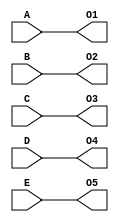
module sort5(A, B, C, D, E, O1, O2, O3, O4, O5);
    input   wire    [3:0] A, B, C, D, E;
    output  reg     [3:0] O1, O2, O3, O4, O5;

    task sort2;
        inout   [3:0] a, b;
        reg [3:0] temp;
        begin
            if (a < b) begin
               temp = a;
               a = b;
               b = temp; 
            end
        end
    endtask

    always @(*) begin
        {O1, O2, O3, O4, O5} = {A, B, C, D, E};
        sort2 (O1, O2);
        sort2 (O1, O3);
        sort2 (O1, O4);
        sort2 (O1, O5);
        sort2 (O2, O3);
        sort2 (O2, O4);
        sort2 (O2, O5);
        sort2 (O3, O4);
        sort2 (O3, O5);
        sort2 (O4, O5);
	end

endmodule